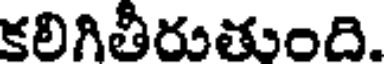
కలిగితీరుతుంది.